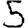
Digit: 5